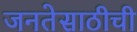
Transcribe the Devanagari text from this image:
जनतेसाठीची